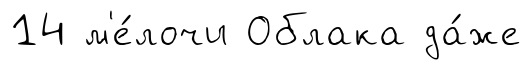
14 м'е́лочи Облака да́же